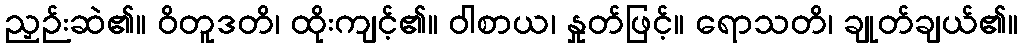
ညှဉ်းဆဲ၏။ ဝိတူဒတိ၊ ထိုးကျင့်၏။ ဝါစာယ၊ နှုတ်ဖြင့်။ ရောသတိ၊ ချုတ်ချယ်၏။